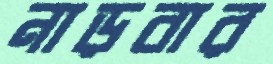
নাড়বার